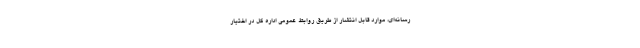
رسانه‌ای، موارد قابل انتشار از طریق روابط عمومی اداره کل در اختیار